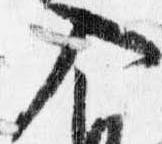
入